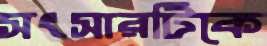
সংসারটিকে